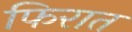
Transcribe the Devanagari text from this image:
फिरात